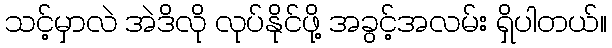
သင့်မှာလဲ အဲဒိလို လုပ်နိုင်ဖို့ အခွင့်အလမ်း ရှိပါတယ်။